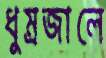
ধুম্রজালে